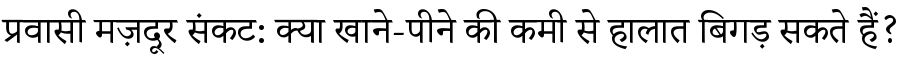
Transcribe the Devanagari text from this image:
प्रवासी मज़दूर संकट: क्या खाने-पीने की कमी से हालात बिगड़ सकते हैं?